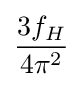
{\frac {3f_{H}}{4\pi ^{2}}}